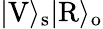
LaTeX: |\mathrm{V}\rangle_{\mathrm{s}}|\mathrm{R}\rangle_{\mathrm{o}}